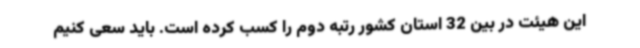
این هیئت در بین 32 استان کشور رتبه دوم را کسب کرده است. باید سعی کنیم